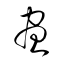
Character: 晝